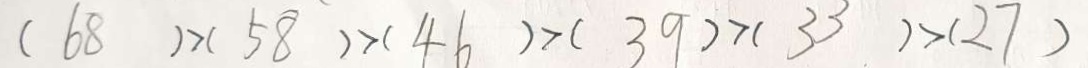
( 6 8 ) > ( 5 8 ) > ( 4 6 ) > ( 3 9 ) > ( 3 3 ) > ( 2 7 )